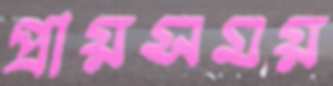
প্রায়সময়